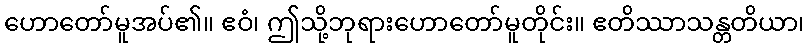
ဟောတော်မူအပ်၏။ ဧဝံ၊ ဤသို့ဘုရားဟောတော်မူတိုင်း။ ဧတိဿာသန္တတိယာ၊